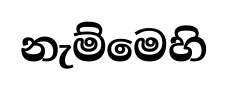
නැම්මෙහි